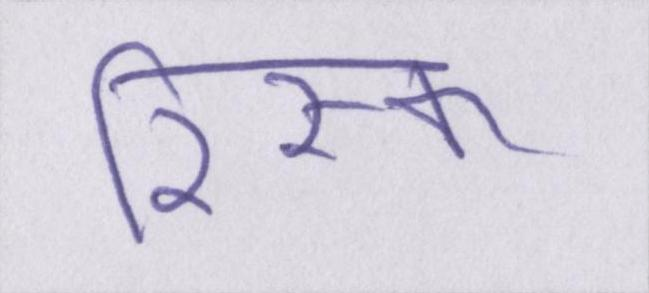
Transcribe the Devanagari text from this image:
रिस्क